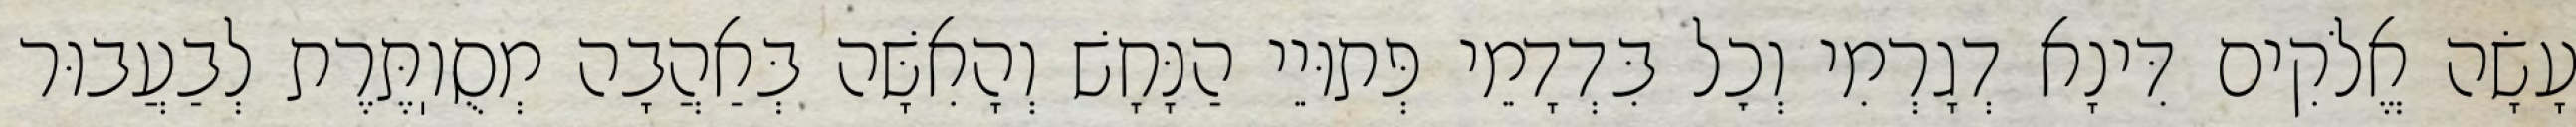
עָשָׂה אֱלֹקִים דִּינָא דְגָרְמִי וְכׇל בִּדְדָמֵי פְּתוּיֵי הַנָּחָשׁ וְהָאִשָּׁה בְּאַהֲבָה מְסֻוֽתֶּרֶת לְבַעֲבוּר